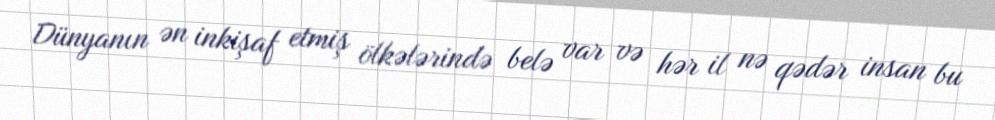
Dünyanın ən inkişaf etmiş ölkələrində belə var və hər il nə qədər insan bu